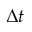
\Delta t